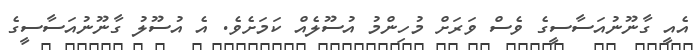
އެއީ ގާނޫނުއަސާސީގެ ވެސް ވަރަށް މުހިންމު އުސޫލެއް ކަމަށެވެ. އެ އުސޫލު ގާނޫނުއަސާސީގެ